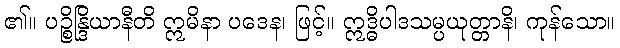
၏။ ပဉ္စိန္ဒြိယာနီတိ ဣမိနာ ပဒေန၊ ဖြင့်။ ဣဒ္ဓိပါဒသမ္ပယုတ္တာနိ၊ ကုန်သော။